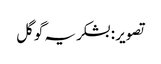
تصویر : بشکریہ گوگل